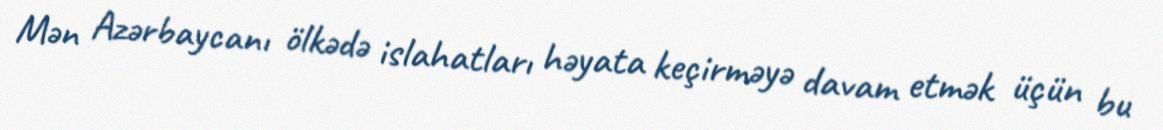
Mən Azərbaycanı ölkədə islahatları həyata keçirməyə davam etmək üçün bu